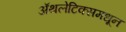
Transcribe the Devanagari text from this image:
ॲथलेटिक्समधून